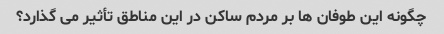
چگونه این طوفان ها بر مردم ساکن در این مناطق تأثیر می گذارد؟